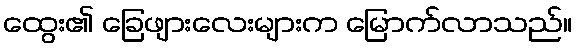
ထွေး၏ ခြေဖျားလေးများက မြောက်လာသည်။